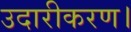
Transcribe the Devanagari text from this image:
उदारीकरण।